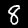
Digit: 8